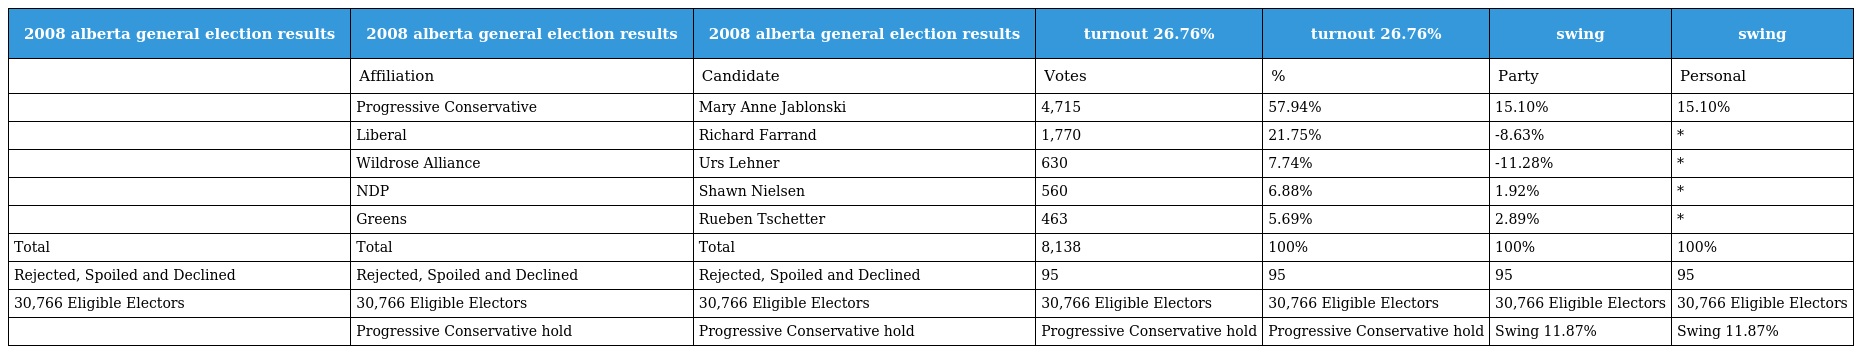
| 2008 alberta general election results | 2008 alberta general election results | 2008 alberta general election results | turnout 26.76% | turnout 26.76% | swing | swing |
 | --- | --- | --- | --- | --- | --- | --- |
 |  | Affiliation | Candidate | Votes | % | Party | Personal |
 |  | Progressive Conservative | Mary Anne Jablonski | 4,715 | 57.94% | 15.10% | 15.10% |
 |  | Liberal | Richard Farrand | 1,770 | 21.75% | -8.63% | * |
 |  | Wildrose Alliance | Urs Lehner | 630 | 7.74% | -11.28% | * |
 |  | NDP | Shawn Nielsen | 560 | 6.88% | 1.92% | * |
 |  | Greens | Rueben Tschetter | 463 | 5.69% | 2.89% | * |
 | Total | Total | Total | 8,138 | 100% | 100% | 100% |
 | Rejected, Spoiled and Declined | Rejected, Spoiled and Declined | Rejected, Spoiled and Declined | 95 | 95 | 95 | 95 |
 | 30,766 Eligible Electors | 30,766 Eligible Electors | 30,766 Eligible Electors | 30,766 Eligible Electors | 30,766 Eligible Electors | 30,766 Eligible Electors | 30,766 Eligible Electors |
 |  | Progressive Conservative hold | Progressive Conservative hold | Progressive Conservative hold | Progressive Conservative hold | Swing 11.87% | Swing 11.87% |